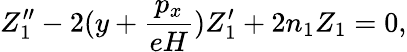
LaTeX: Z_{1}^{\prime\prime}-2(y+\frac{p_{x}}{eH})Z_{1}^{\prime}+2n_{1}Z_{1}=0,